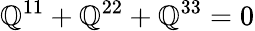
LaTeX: \mathbb{Q}^{11}+\mathbb{Q}^{22}+\mathbb{Q}^{33}=0